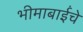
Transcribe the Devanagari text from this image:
भीमाबाईंचे